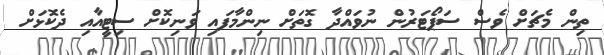
ތިން މެޗަށް ވެސް ސަޕޯޓަރުން ނުވައްދާ ގޮތަށް ނިންމާފައި ވަނިކޮށް ސިޓީއާއި ދެކޮޅަށް